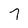
Character: 7